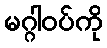
မဂ္ဂါဝပ်ကို